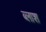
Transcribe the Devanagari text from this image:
ब्लाश